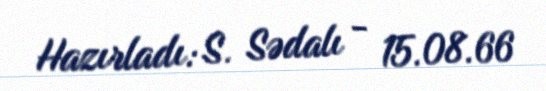
Hazırladı: S. Sədalı - 15.08.66